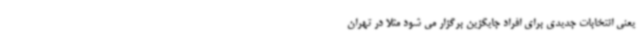
یعنی انتخابات جدیدی برای افراد جایگزین برگزار می شود مثلا در تهران